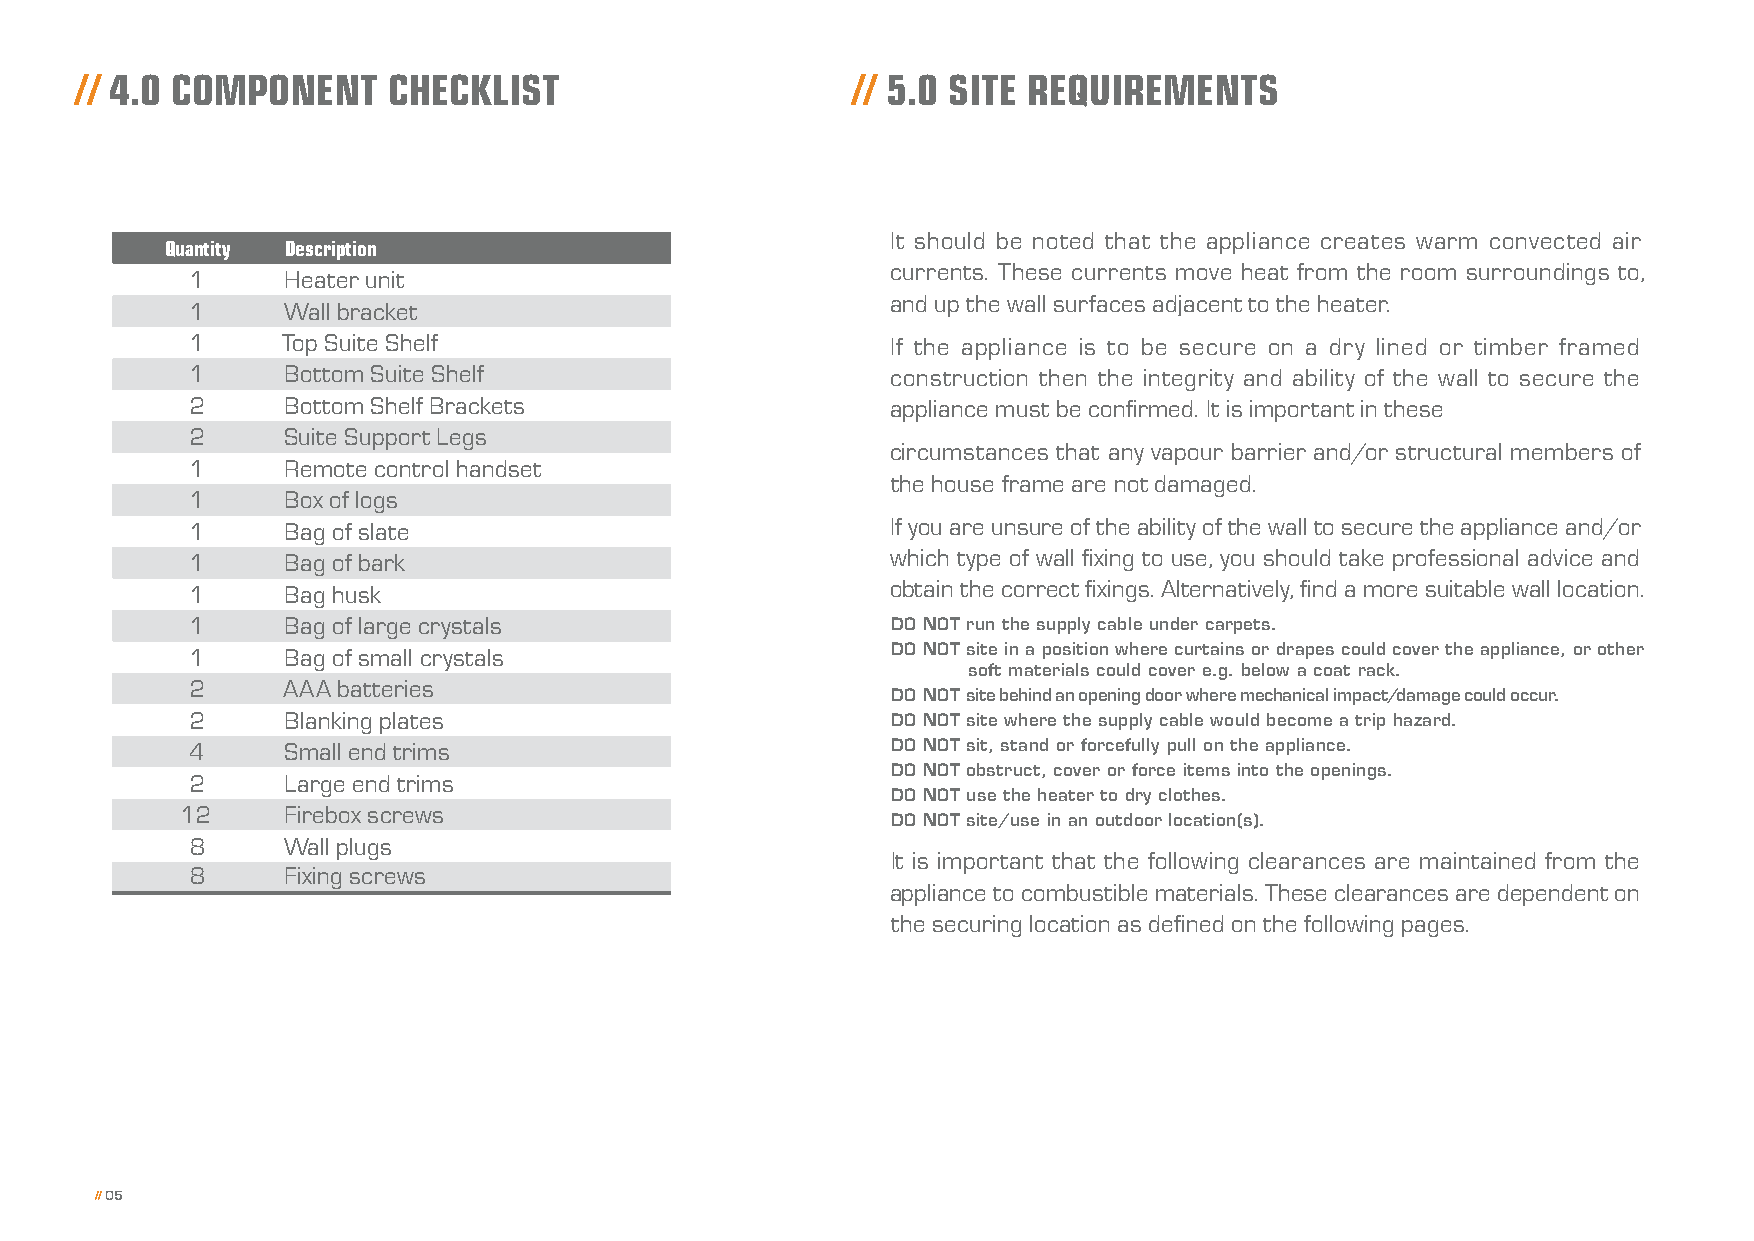
// 4.0 COMPONENT     CHECKLIST                     // 5.0 SITE REQUIREMENTS
 It should be noted that the appliance creates warm convected air
 Quantity Description
 currents. These currents move heat from the room surroundings to,
 1     Heater unit
 and up the wall surfaces adjacent to the heater.
 1     Wall bracket
 1     Top Suite Shelf                         If the appliance is to be secure on a dry lined or timber framed
 1     Bottom Suite Shelf                      construction then the integrity and ability of the wall to secure the
 2     Bottom Shelf Brackets                   appliance must be confirmed. It is important in these
 2     Suite Support Legs
 circumstances that any vapour barrier and/or structural members of
 1     Remote control handset
 the house frame are not damaged.
 1     Box of logs
 1     Bag of slate                            If you are unsure of the ability of the wall to secure the appliance and/or
 1     Bag of bark                             which type of wall fixing to use, you should take professional advice and
 1     Bag husk                                obtain the correct fixings. Alternatively, find a more suitable wall location.
 1     Bag of large crystals                   DO NOT run the supply cable under carpets.
 1     Bag of small crystals                   DO NOT site in a position where curtains or drapes could cover the appliance, or other
 soft materials could cover e.g. below a coat rack.
 2     AAA batteries
 DO NOT site behind an opening door where mechanical impact/damage could occur.
 2     Blanking plates                         DO NOT site where the supply cable would become a trip hazard.
 4     Small end trims                         DO NOT sit, stand or forcefully pull on the appliance.
 DO NOT obstruct, cover or force items into the openings.
 2     Large end trims
 DO NOT use the heater to dry clothes.
 12     Firebox screws
 DO NOT site/use in an outdoor location(s).
 8     Wall plugs
 It is important that the following clearances are maintained from the
 8     Fixing screws
 appliance to combustible materials. These clearances are dependent on
 the securing location as defined on the following pages.
 // 05